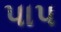
પાપ